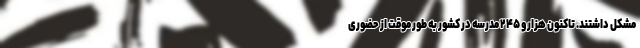
مشکل داشتند. تاکنون هزار و ۲۴۵ مدرسه در کشور به طور موقت از حضوری